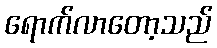
ရောက်လာတော့သည်